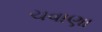
ચવાણા